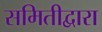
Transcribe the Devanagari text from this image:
समितीद्वारा